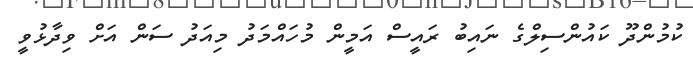
ކުމުންދޫ ކައުންސިލްގެ ނައިބު ރައީސް އަމީން މުހައްމަދު މިއަދު ސަން އަށް ވިދާޅުވީ